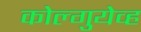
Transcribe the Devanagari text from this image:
कोल्गुयेव्ह